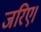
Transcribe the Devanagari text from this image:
जरिए।